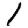
Digit: 1